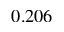
0 . 2 0 6